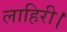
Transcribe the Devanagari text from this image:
लाहिरी।